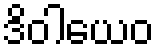
ဒိဝါယေဝ